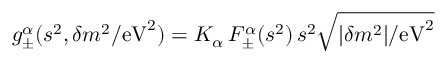
g _ { \pm } ^ { \alpha } ( s ^ { 2 } , \delta m ^ { 2 } / \mathrm { e V } ^ { 2 } ) = K _ { \alpha } \, F _ { \pm } ^ { \alpha } ( s ^ { 2 } ) \, s ^ { 2 } \sqrt { | \delta m ^ { 2 } | / \mathrm { e V } ^ { 2 } }